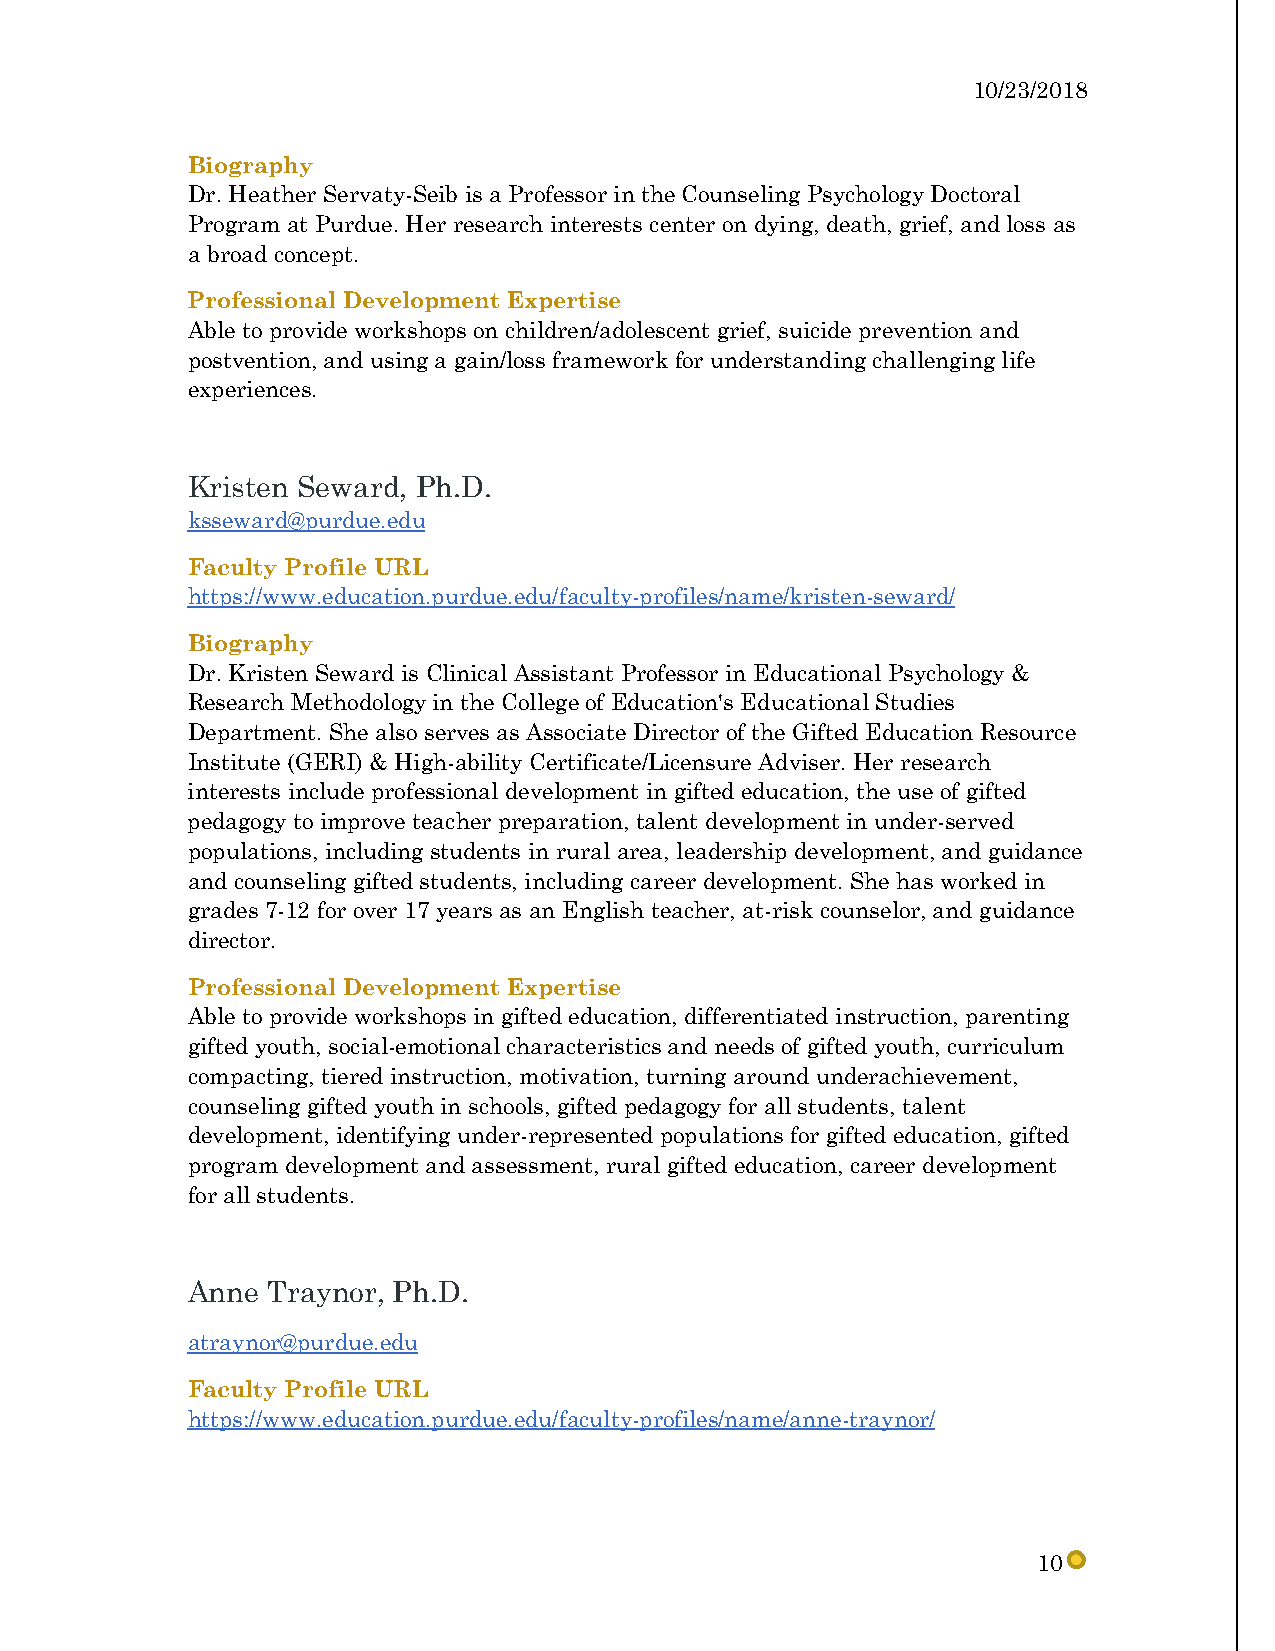
10/23/2018
 Biography
 Dr. Heather Servaty-Seib is a Professor in the Counseling Psychology Doctoral
 Program at Purdue. Her research interests center on dying, death, grief, and loss as
 a broad concept.
 Professional Development Expertise
 Able to provide workshops on children/adolescent grief, suicide prevention and
 postvention, and using a gain/loss framework for understanding challenging life
 experiences.
 Kristen Seward, Ph.D.
 ksseward@purdue.edu
 Faculty Profile URL
 https://www.education.purdue.edu/faculty-profiles/name/kristen-seward/
 Biography
 Dr. Kristen Seward is Clinical Assistant Professor in Educational Psychology &
 Research Methodology in the College of Education's Educational Studies
 Department. She also serves as Associate Director of the Gifted Education Resource
 Institute (GERI) & High-ability Certificate/Licensure Adviser. Her research
 interests include professional development in gifted education, the use of gifted
 pedagogy to improve teacher preparation, talent development in under-served
 populations, including students in rural area, leadership development, and guidance
 and counseling gifted students, including career development. She has worked in
 grades 7-12 for over 17 years as an English teacher, at-risk counselor, and guidance
 director.
 Professional Development Expertise
 Able to provide workshops in gifted education, differentiated instruction, parenting
 gifted youth, social-emotional characteristics and needs of gifted youth, curriculum
 compacting, tiered instruction, motivation, turning around underachievement,
 counseling gifted youth in schools, gifted pedagogy for all students, talent
 development, identifying under-represented populations for gifted education, gifted
 program development and assessment, rural gifted education, career development
 for all students.
 Anne  Traynor, Ph.D.
 atraynor@purdue.edu
 Faculty Profile URL
 https://www.education.purdue.edu/faculty-profiles/name/anne-traynor/
 10